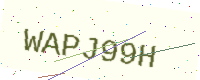
Text: WAPJ99H